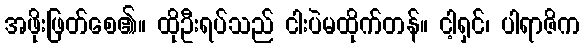
အဖိုးဖြတ်စေ၏။ ထိုဦးရပ်သည် ငါးပဲမထိုက်တန်။ ငါ့ရှင်၊ ပါရာဇိက